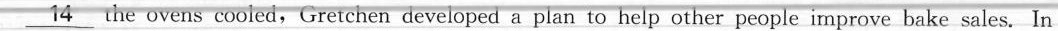
\underline{14} he ovens cooled,Gretchen developed a plan to help other people improve bake sales. In